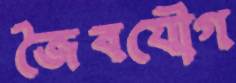
জৈবযৌগ